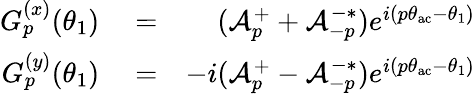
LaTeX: \begin{array}{rlr}{G_{p}^{(x)}(\theta_{1})}&{{}=}&{(\mathcal{A}_{p}^{+}+\mathcal{A}_{-p}^{-*})e^{i(p\theta_{\mathrm{ac}}-\theta_{1})}}\\ {G_{p}^{(y)}(\theta_{1})}&{{}=}&{-i(\mathcal{A}_{p}^{+}-\mathcal{A}_{-p}^{-*})e^{i(p\theta_{\mathrm{ac}}-\theta_{1})}}\end{array}